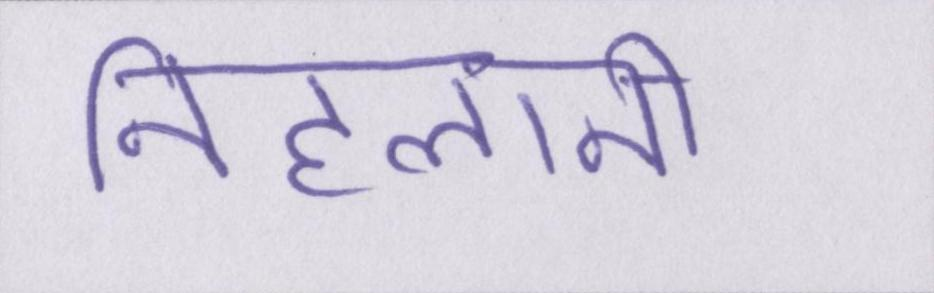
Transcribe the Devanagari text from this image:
निहलानी